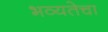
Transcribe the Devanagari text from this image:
भव्यतेचा